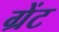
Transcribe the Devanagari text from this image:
ग्रेंट